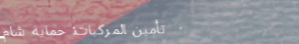
تأمين المركبات: حماية شام